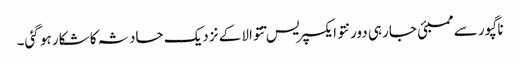
ناگپور سے ممبئی جا رہی دورنتو ایکسپریس تتوالا کے نزدیک حادثہ کا شکار ہو گئی۔